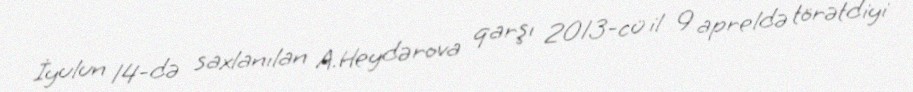
İyulun 14-də saxlanılan A.Heydərova qarşı 2013-cü il 9 apreldə törətdiyi